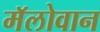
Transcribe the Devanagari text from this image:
मॅलोवान